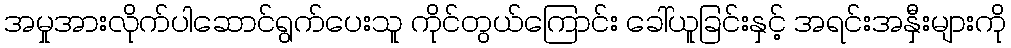
အမှုအားလိုက်ပါဆောင်ရွက်ပေးသူ ကိုင်တွယ်ကြောင်း ခေါ်ယူခြင်းနှင့် အရင်းအနှီးများကို